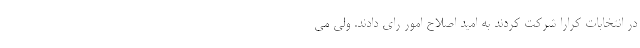
در انتخابات کرارا شرکت کردند به امید اصلاح امور رای دادند. ولی می